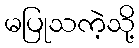
မပြုသကဲ့သို့